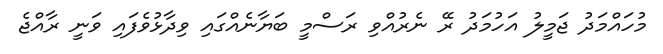
މުހައްމަދު ޖަމީލު އަހުމަދު ރޭ ނެރުއްވި ރަސްމީ ބަޔާނެއްގައި ވިދާޅުވެފައި ވަނީ ރާއްޖެ